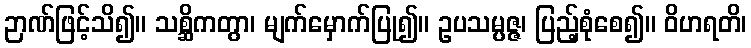
ဉာဏ်ဖြင့်သိ၍။ သစ္ဆိကတွာ၊ မျက်မှောက်ပြု၍။ ဥပသမ္ပဇ္ဇ၊ ပြည့်စုံစေ၍။ ဝိဟရတိ၊